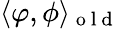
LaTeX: \langle\varphi,\phi\rangle_{\mathrm{~o~l~d~}}